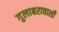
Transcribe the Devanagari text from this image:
गुलाबरावाशी